Indian journal of veterinary science and animal husbandry - Volumes 18-21, 1948-1951
Year: 1948
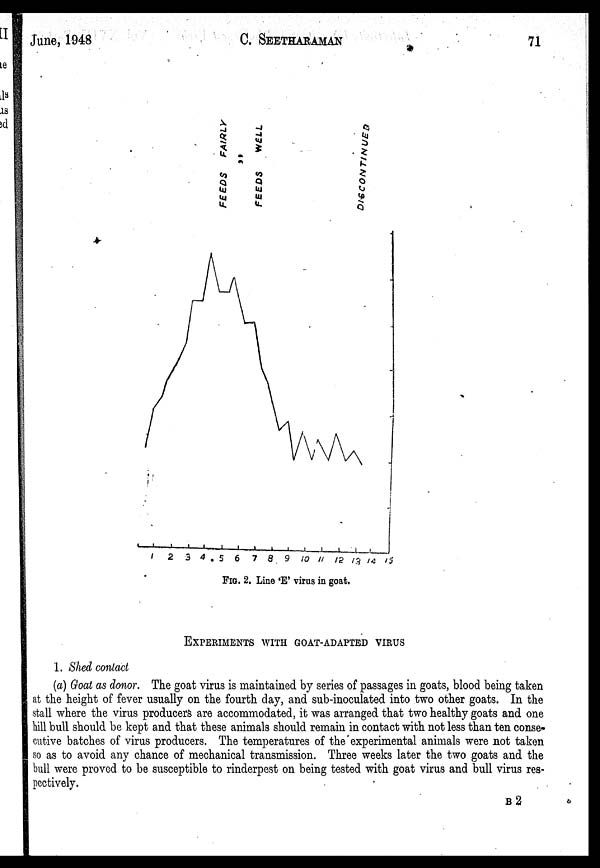
June, 1948
C.
SEETHARAMAN
71
FIG. 2. Line 'E' virus in goat.
EXPERIMENTS WITH GOAT-ADAPTED VIRUS
1. Shed contact
(a) Goal as donor. The goat virus is maintained by series of passages in goats, blood being taken
at the height of fever usually on the fourth day, and sub-inoculated into two other goats. In the
stall where the virus producers are accommodated, it was arranged that two healthy goats and one
hill bull should be kept and that these animals should remain in contact with not less than ten conse-
cutive batches of virus producers. The temperatures of the experimental animals were not taken
so as to avoid any chance of mechanical transmission. Three weeks later the two goats and the
bull were proved to be susceptible to rinderpest on being tested with goat virus and bull virus res-
pectively.
B2